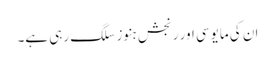
ان کی مایوسی اور رنجش ہنوز سلگ رہی ہے۔